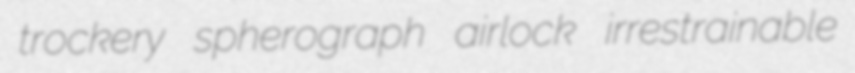
trockery spherograph airlock irrestrainable